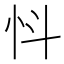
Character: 𢗸